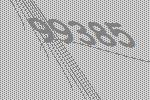
99385